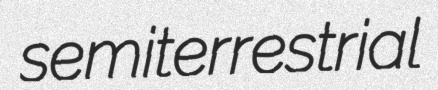
semiterrestrial